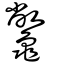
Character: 龞